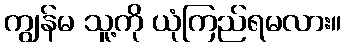
ကျွန်မ သူ့ကို ယုံကြည်ရမလား။